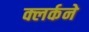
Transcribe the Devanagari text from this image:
क्लर्कने